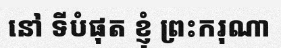
នៅ ទីបំផុត ខ្ញុំ ព្រះករុណា